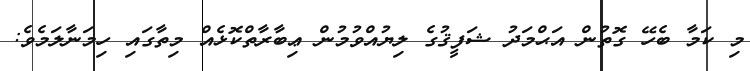
މި ކަމާ ބެހޭ ގޮތުން އަޙްމަދު ޝަފީޤުގެ ލިޔުއްވުމުން ޢިބާރާތްކޮޅެއް މިތާގައި ހިމަނާލަމެވެ: